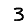
Digit: 3